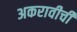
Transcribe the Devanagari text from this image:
अकरावीची